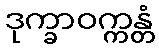
ဒုက္ခာဝက္ကန္တံ